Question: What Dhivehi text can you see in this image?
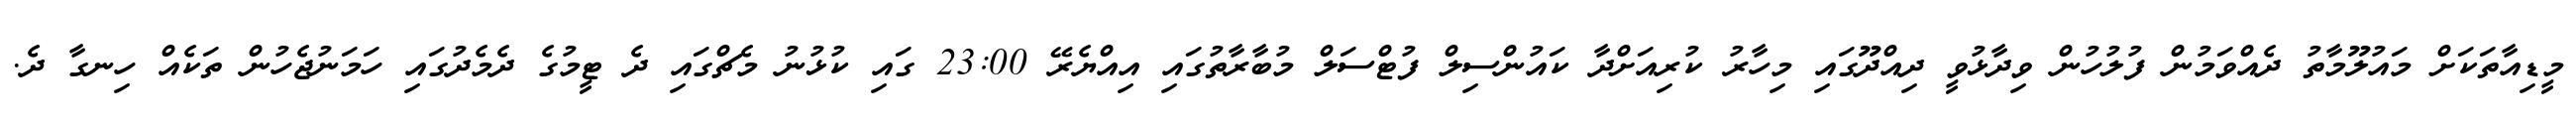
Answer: މީޑިއާތަކަށް މައުލޫމާތު ދެއްވަމުން ފުލުހުން ވިދާޅުވީ ދިއްދޫގައި މިހާރު ކުރިއަށްދާ ކައުންސިލް ފުޓްސަލް މުބާރާތުގައި އިއްޔެރޭ 23:00 ގައި ކުޅުނު މެޗްގައި ދެ ޓީމުގެ ދެމެދުގައި ހަމަނުޖެހުން ތަކެއް ހިނގާ ދެ.